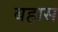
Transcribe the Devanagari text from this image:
बहास